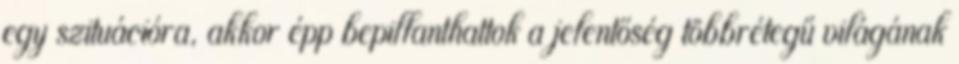
egy szituációra, akkor épp bepillanthattok a jelentőség többrétegű világának